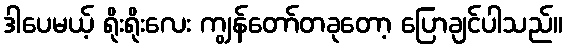
ဒါပေမယ့် ရိုးရိုးလေး ကျွန်တော်တခုတော့ ပြောချင်ပါသည်။